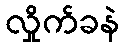
လှိုက်ခနဲ